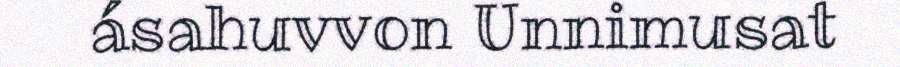
ásahuvvon Unnimusat